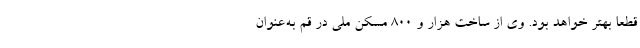
قطعا بهتر خواهد بود. وی از ساخت هزار و ۸۰۰ مسکن ملی در قم به‌عنوان